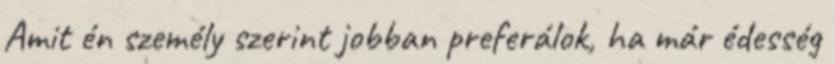
Amit én személy szerint jobban preferálok, ha már édesség